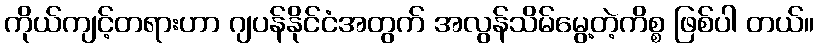
ကိုယ်ကျင့်တရားဟာ ဂျပန်နိုင်ငံအတွက် အလွန်သိမ်မွေ့တဲ့ကိစ္စ ဖြစ်ပါ တယ်။